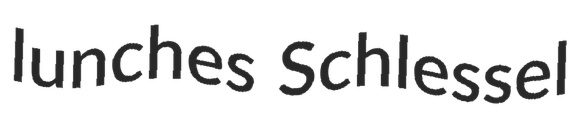
lunches Schlessel